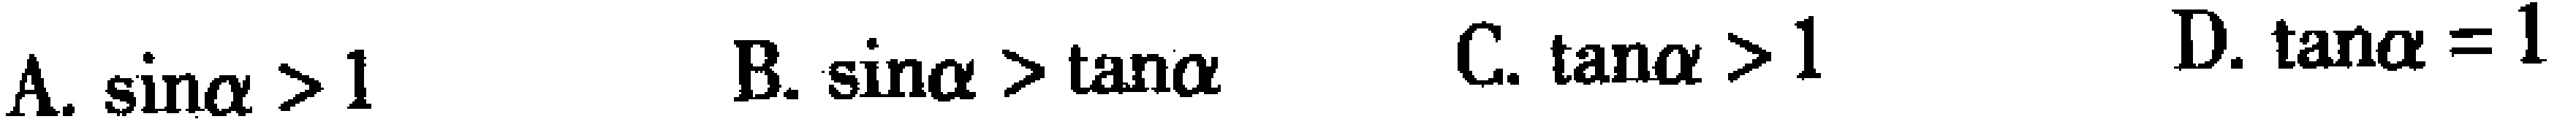
A. $\sin\alpha > 1$  B. $\sin\alpha > \tan\alpha$  C. $\tan\alpha > 1$  D. $\tan\alpha = 1$